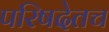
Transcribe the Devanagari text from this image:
परिषदेतच